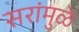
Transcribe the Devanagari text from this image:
सरांमुळे